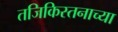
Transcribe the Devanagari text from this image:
तजिकिस्तनाच्या